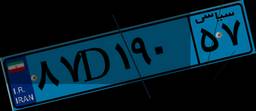
۵۹D۶۸۰۰۰